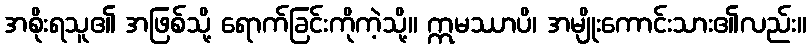
အစိုးရသူ၏ အဖြစ်သို့ ရောက်ခြင်းကိုကဲ့သို့။ ဣမဿာပိ၊ အမျိုးကောင်းသား၏လည်း။